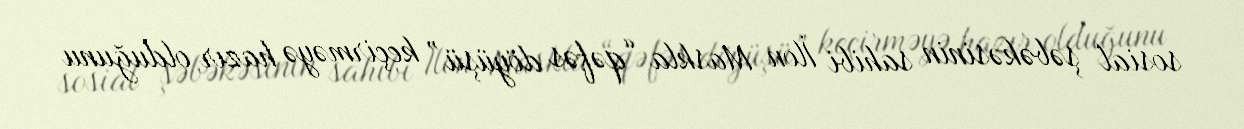
sosial şəbəkəsinin sahibi İlon Maskla “qəfəs döyüşü” keçirməyə hazır olduğunu